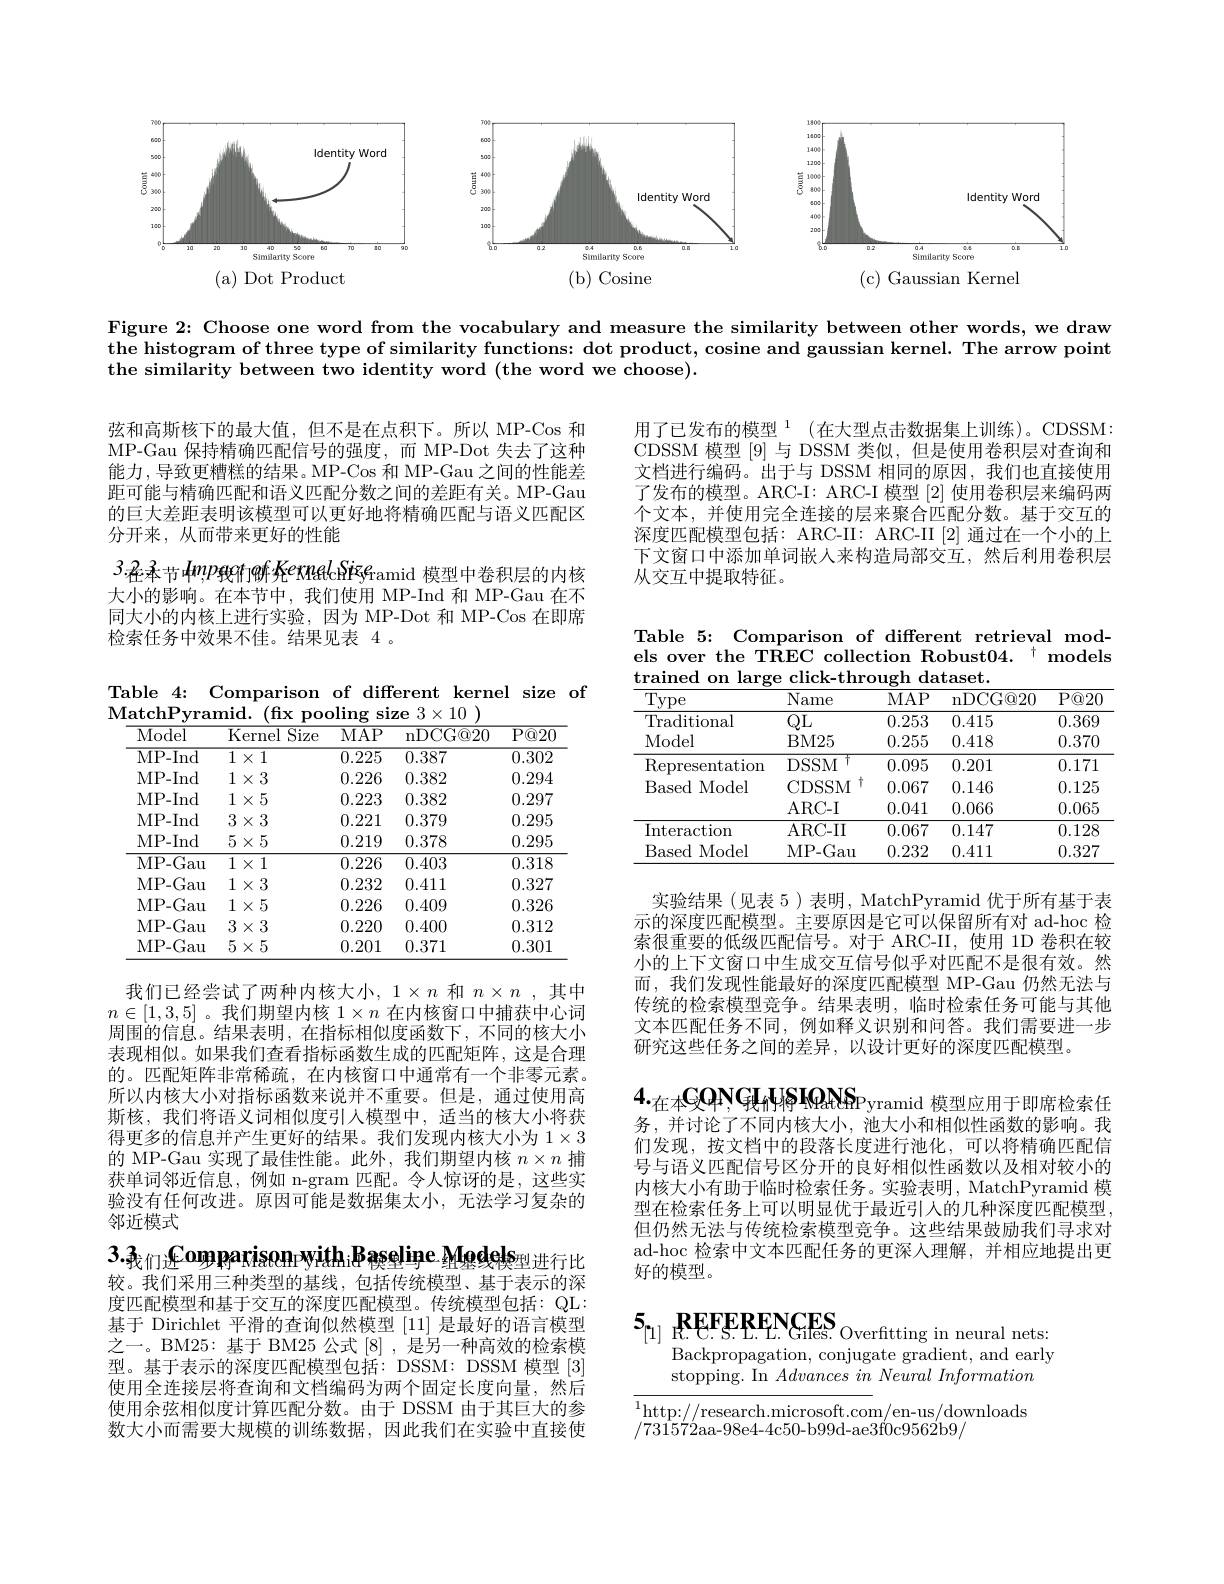
<FigureHere>

Figure 2: Choose one word from the vocabulary and measure the similarity between other words, we draw the histogram of three type of similarity functions: dot product, cosine and gaussian kernel. The arrow point the similarity between two identity word (the word we choose).

弦和高斯核下的最大值，但不是在点积下。所以 MP-Cos 和MP-Gau 保持精确匹配信号的强度，而 MP-Dot 失去了这种能力，导致更糟糕的结果。MP-Cos 和 MP-Gau 之间的性能差距可能与精确匹配和语义匹配分数之间的差距有关。MP-Gau 的巨大差距表明该模型可以更好地将精确匹配与语义匹配区分开来，从而带来更好的性能

用了已发布的模型$^1$(在大型点击数据集上训练)。CDSSM: CDSSM 模型[9]与 DSSM 类似，但是使用卷积层对查询和文档进行编码。出于与 DSSM 相同的原因，我们也直接使用了发布的模型。ARC-I: ARC-I 模型[2]使用卷积层来编码两个文本，并使用完全连接的层来聚合匹配分数。基于交互的深度匹配模型包括：ARC-II: ARC-II [2] 通过在一个小的上下文窗口中添加单词嵌人来构造局部交互，然后利用卷积层从交互中提取特征。

3.在本节中$mp$我们确究exnatcRizeramid 模型中卷积层的内核大小的影响。在本节中，我们使用 MP-Ind 和 MP-Gau 在不同大小的内核上进行实验，因为 MP-Dot 和 MP-Cos 在即席检索任务中效果不佳。结果见表 4 。

Table 5: Comparison of different retrieval models over the TREC collection Robust$04.^{\dagger}$ models trained on large click-through dataset.

Table 4: Comparison of different kernel size of
${\mathrm{MatchPyramid.~(fixpooling~size~3\times10~)}}$
<table>
	<tbody>
		<tr>
			<th>Model</th>
			<th>$\overline{\mathrm{Kernel}}$ Size</th>
			<th>$\overline{\mathrm{MAP}}$</th>
			<th>nDCG@ 20</th>
			<th>$\overline{{\mathrm{P@20}}}$</th>
		</tr>
		<tr>
			<td>MP- Ind</td>
			<td>$1\times1$</td>
			<td>0.225</td>
			<td>0.387</td>
			<td>0.302</td>
		</tr>
		<tr>
			<td>MP- Ind</td>
			<td>$1\times3$</td>
			<td>0.226</td>
			<td>0.382</td>
			<td>0.294</td>
		</tr>
		<tr>
			<td>MP- Ind</td>
			<td>$1\times5$</td>
			<td>0.223</td>
			<td>0.382</td>
			<td>0.297</td>
		</tr>
		<tr>
			<td>MP- Ind</td>
			<td>$3\times3$</td>
			<td>0.221</td>
			<td>0.379</td>
			<td>0.295</td>
		</tr>
		<tr>
			<td>MP- Ind</td>
			<td>$5\times5$</td>
			<td>0.219</td>
			<td>0.378</td>
			<td>0.295</td>
		</tr>
		<tr>
			<td>$\overline{\mathrm{MP-Gau}}$</td>
			<td>$1\times1$</td>
			<td>0.226</td>
			<td>0.403</td>
			<td>$\overline{0.318}$</td>
		</tr>
		<tr>
			<td>MP- Gau</td>
			<td>$1\times3$</td>
			<td>0.232</td>
			<td>0.411</td>
			<td>0.327</td>
		</tr>
		<tr>
			<td>MP- Gau</td>
			<td>$1\times5$</td>
			<td>0.226</td>
			<td>0.409</td>
			<td>0.326</td>
		</tr>
		<tr>
			<td>MP- Gau</td>
			<td>$3\times3$</td>
			<td>0.220</td>
			<td>0.400</td>
			<td>0.312</td>
		</tr>
		<tr>
			<td>MP- Gau</td>
			<td>$5\times5$</td>
			<td>0.201</td>
			<td>0.371</td>
			<td>0.301</td>
		</tr>
	</tbody>
</table>

<table>
	<tbody>
		<tr>
			<th>Type</th>
			<th>$\overline{\mathrm{Name}}$</th>
			<th>$MAP$</th>
			<th>nDCG@ 20</th>
			<th>$P@20$</th>
		</tr>
		<tr>
			<td>Traditional</td>
			<td>$QL$</td>
			<td>0.253</td>
			<td>0.415</td>
			<td>0.369</td>
		</tr>
		<tr>
			<td>Model</td>
			<td>$BM25$</td>
			<td>0.255</td>
			<td>0.418</td>
			<td>0.370</td>
		</tr>
		<tr>
			<td>Representation</td>
			<td>$T$ DSSM</td>
			<td>0.095</td>
			<td>0.201</td>
			<td>0.171</td>
		</tr>
		<tr>
			<td rowspan="2">Based Model</td>
			<td>十 CDSSM</td>
			<td>0.067</td>
			<td>0.146</td>
			<td>0.125</td>
		</tr>
		<tr>
			<td>ARC- I</td>
			<td>0.041</td>
			<td>0.066</td>
			<td>0.065</td>
		</tr>
		<tr>
			<td>Interaction</td>
			<td>ARC- II</td>
			<td>0.067</td>
			<td>0.147</td>
			<td>0.128</td>
		</tr>
		<tr>
			<td>Based Model</td>
			<td>MP- Gau</td>
			<td>0.232</td>
			<td>0.411</td>
			<td>0.327</td>
		</tr>
	</tbody>
</table>

实验结果(见表 5)表明，MatchPyramid 优于所有基于表示的深度匹配模型。主要原因是它可以保留所有对 ad-hoc 检索很重要的低级匹配信号。对于 ARC-II,使用 1D 卷积在较小的上下文窗口中生成交互信号似乎对匹配不是很有效。然而，我们发现性能最好的深度匹配模型 MP-Gau 仍然无法与传统的检索模型竞争。结果表明，临时检索任务可能与其他文本匹配任务不同，例如释义识别和问答。我们需要进一步研究这些任务之间的差异，以设计更好的深度匹配模型。

$4._\text{在本}{\mathrm{GQN}}$GHPMANSPyramid 模型应用于即席检索任

我们已经尝试了两种内核大小，$1\times n$和$n\times n$ ,其中$n\in[1,3,5]$ 。我们期望内核$1\times n$在内核窗口中捕获中心词周围的信息。结果表明，在指标相似度函数下，不同的核大小表现相似。如果我们查看指标函数生成的匹配矩阵，这是合理的。匹配矩阵非常稀疏，在内核窗口中通常有一个非零元素。所以内核大小对指标函数来说并不重要。但是，通过使用高斯核，我们将语义词相似度引人模型中，适当的核大小将获得更多的信息并产生更好的结果。我们发现内核大小为$1\times3$ 的 MP-Gau 实现了最佳性能。此外，我们期望内核$n\times n$捕获单词邻近信息，例如 n-gram 匹配。令人惊讶的是，这些实验没有任何改进。原因可能是数据集太小，无法学习复杂的邻近模式

务，并讨论了不同内核大小，池大小和相似性函数的影响。我们发现，按文档中的段落长度进行池化，可以将精确匹配信号与语义匹配信号区分开的良好相似性函数以及相对较小的内核大小有助于临时检索任务。实验表明，MatchPyramid 模型在检索任务上可以明显优于最近引人的几种深度匹配模型， 但仍然无法与传统检索模型竞争。这些结果鼓励我们寻求对ad-hoc 检索中文本匹配任务的更深入理解，并相应地提出更好的模型。

3.我们进Comparisonwithi$\mathrm{Baseline~Madels}_{\text{型进行比}}$ 较。我们采用三种类型的基线，包括传统模型、基于表示的深

# $5_{[ 1] }$ $REFERENCES_{\mathrm{Overftting~in~neural~nets: }}$

Backpropagation, conjugate gradient, and early
stopping. In $Advances\textit{in Neural Information}$

度匹配模型和基于交互的深度匹配模型。传统模型包括：QL: 基于 Dirichlet 平滑的查询似然模型[11]是最好的语言模型之一。BM25: 基于 BM25 公式[8] ,是另一种高效的检索模型。基于表示的深度匹配模型包括：DSSM: DSSM 模型[3] 使用全连接层将查询和文档编码为两个固定长度向量，然后使用余弦相似度计算匹配分数。由于 DSSM 由于其巨大的参数大小而需要大规模的训练数据，因此我们在实验中直接使

$\overline{{^1}\text{http:}//\text{research.microsoft.com/en-us/downloads}}$
/731572aa-98e4-4c50-b99d-ae3f0c9562b9/